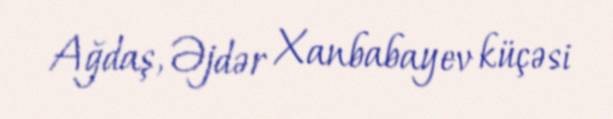
Ağdaş, Əjdər Xanbabayev küçəsi